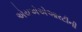
એચએએઆરટીની